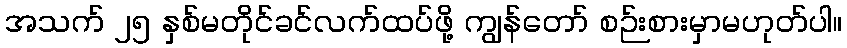
အသက် ၂၅ နှစ်မတိုင်ခင်လက်ထပ်ဖို့ ကျွန်တော် စဉ်းစားမှာမဟုတ်ပါ။